Civil Veterinary Department. Madras. Admin. report 1910-25 - 1910-1925
Year: 1910
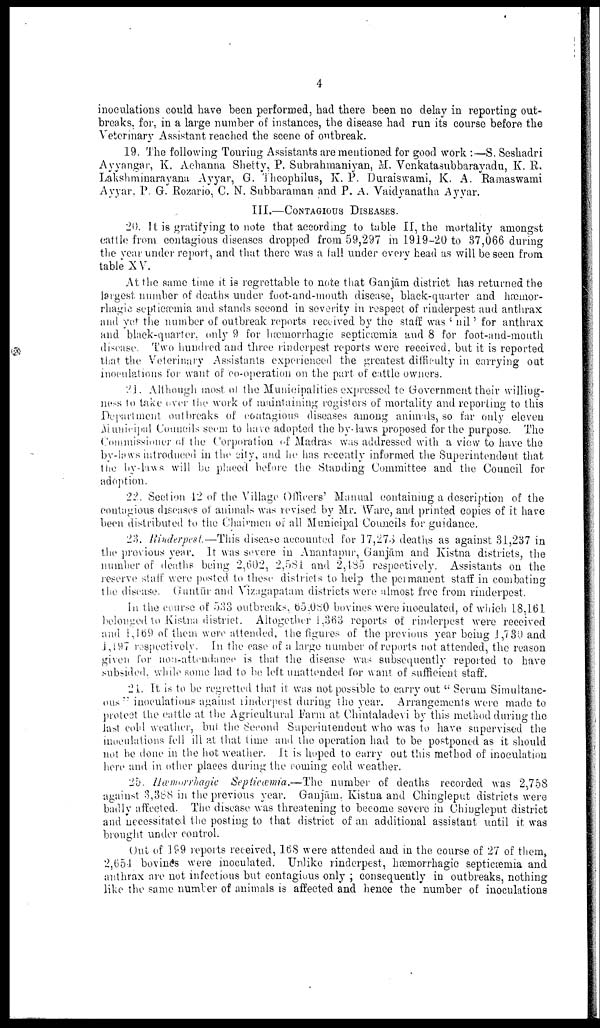
4
inoculations could have been performed, had there been no delay in reporting out
breaks, for, in a large number of instances, the disease had run its course before the
Veterinary Assistant reached the scene of outbreak.
19. The following Touring Assistants are mentioned for good work :—S. Seshadri
Ayyangar, K. Achanna Shetty, P. Subrahmaniyan, M. Vcnkata3ubbarayadu, K. R.
Lakshminarayana Ayyar, G. Theophilus, K. P. Duraiswami, K. A. Ramaswami
Ayyar, P. G. Rozario, C. N. Subbaraman and P. A. Vaidyanatha Ayyar.
III.—CONTAGIOUS DISEASES.
20. it is gratifying to note that according to table II, the mortality amongst
cattle from contagious diseases dropped from 59,297 in 1919-20 to 37,066 during
the year under report, and that there was a fall under every head as will be seen from
table XV.
At the same time it is regrettable to note that Ganjām district has returned the
largest number of deaths under foot-and-mouth disease, black-quarter and hæmor-
rhagie septicæmia and stands second in severity in respect of rinderpest and anthrax
and yet the number of outbreak reports received by the staff was 'nil' for anthrax
and black-quarter, only 9 for hæmorrhagic septicæmia and 8 for foot-and-mouth
disease. Two hundred and three rinderpest reports were received, but it is reported
that the Veterinary Assistants experienced the greatest difficulty in carrying out
inoculations for want of co-operation on the part of cattle owners.
21. Although most of the Municipalities expressed to Government their willing
ness to take over the work of maintaining registers of mortality and reporting to this
Department outbreaks of contagious diseases among animals, so far only eleven
Municipal Councils seem to have adopted the by-laws proposed for the purpose. The
Commissioner of the Corporation of Madras was addressed with a view to have the
by-laws introduced in the city, and he has recently informed the Superintendent that
the by-laws will be placed before the Standing Committee and the Council for
adoption.
22. Section 12 of the Village Officers' Manual containing a description of the
contagious diseases of animals was revised by Mr. Ware, and printed copies of it have
been distributed to the Chairmen of all Municipal Councils for guidance.
23. Rinderpest.—This disease accounted for 17,273 deaths as against 31,287 in
the previous year. It was severe in Anantapur, Ganjām and Kistna districts, the
number of deaths being 2,602, 2,531 and 2,135 respectively. Assistants on the
reserve staff were posted to these districts to help the permanent staff in combating
the disease. Guntūr and Vizagapatam districts were almost free from rinderpest.
In the course of 533 outbreaks, 65,080 bovines were inoculated, of which 18,161
belonged to Kistna district. Altogether 1,363 reports of rinderpest were received
and 1,169 of them were attended, the figures of the previous year being 1,730 and
1,197 respectively. In the case of a large number of reports not attended, the reason
given for non-attendance is that the disease was subsequently reported to have
subsided, while some had to be left unattended for want of sufficient staff.
21. It is to be regretted that it was not possible to carry out "Serum Simultane
ous" inoculations against rinderpest during the year. Arrangements were made to
protect the cattle at the Agricultural Farm at Chintaladevi by this method during the
last cold weather, but the Second Superintendent who was to have supervised the
inoculations fell ill at that time and the operation had to be postponed as it should
not be done in the hot weather. It is hoped to carry out this method of inoculation
here and in other places during the coming cold weather.
25. Hæmorrhagic Septicæmia.—The number of deaths recorded was 2,758
against 3,388 in the previous year. Ganjām, Kistna and Chingleput districts were
badly affected. The disease was threatening to become severe in Chingleput district
and necessitated the posting to that district of an additional assistant until it was
brought under control.
Out of 199 reports received, 168 were attended and in the course of 27 of them,
2,651 bovines were inoculated. Unlike rinderpest, hæmorrhagic septicæmia and
anthrax are not infectious but contagious only; consequently in outbreaks, nothing
like the same number of animals is affected and hence the number of inoculations